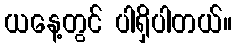
ယနေ့တွင် ပါရှိပါတယ်။